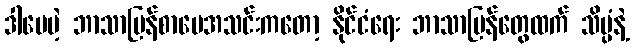
ဒါပေမဲ့ ဘာသာပြန်စာပေအသင်းကတော့ နိုင်ငံရေး ဘာသာပြန်တွေထက် သိပ္ပံနဲ့